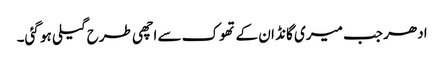
ادھر جب میری گانڈ ان کے تھوک سے اچھی طرح گیلی ہو گئی۔